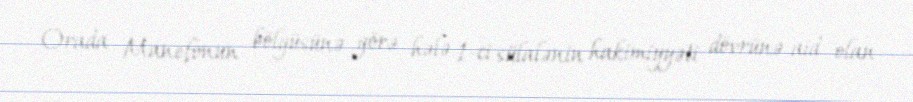
Orada Manefonun bölgüsünə görə hələ 1-ci sülalənin hakimiyyəti dövrünə aid olan